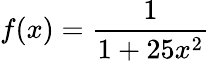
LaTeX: f(x)={\frac{1}{1+25x^{2}}}